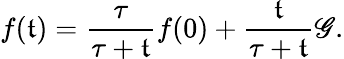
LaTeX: f(\mathfrak{t})=\frac{{\tau}}{{\tau+\mathfrak{t}}}f(0)+\frac{{\mathfrak{t}}}{{\tau+\mathfrak{t}}}\mathscr{{G}}.